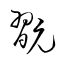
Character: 翫